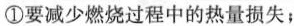
①要减少燃烧过程中的热量损失；